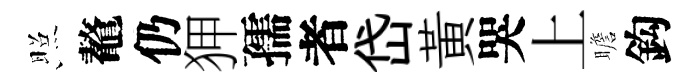
照鼇仍狎孺者岱黃哭上瞻鈎